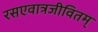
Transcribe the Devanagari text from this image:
रसएवात्रजीवितम्